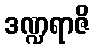
ဒဏ္ဍရာဇိ